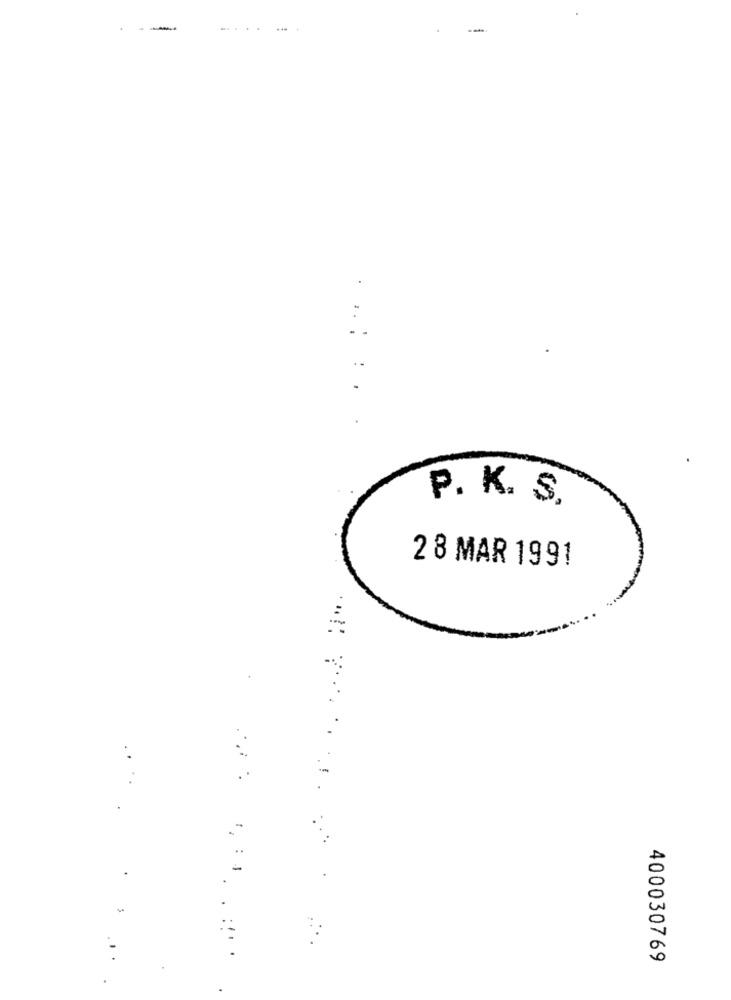
-
..
....
P. K. S.
2 8 MAR 1991
..
-
400030769